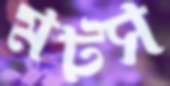
মটস